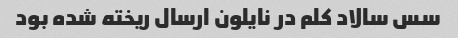
سس سالاد کلم در نایلون ارسال ریخته شده بود